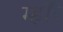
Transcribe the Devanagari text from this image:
म्हाँरे